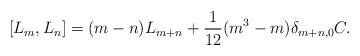
LaTeX: \begin{align*} [L_m,L_n] = (m-n) L_{m+n} + \frac{1}{12} (m^3-m) \delta_{m+n,0} C. \end{align*}